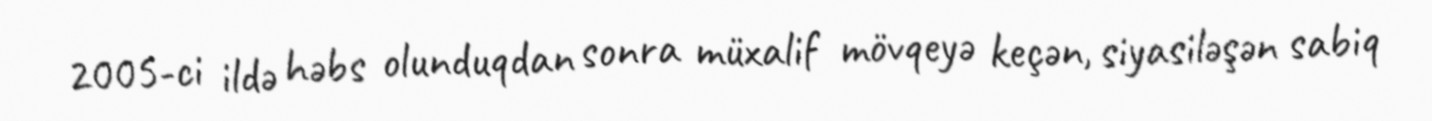
2005-ci ildə həbs olunduqdan sonra müxalif mövqeyə keçən, siyasiləşən sabiq